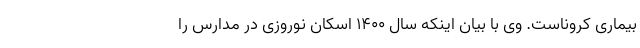
بیماری کروناست. وی با بیان اینکه سال ۱۴۰۰ اسکان نوروزی در مدارس را